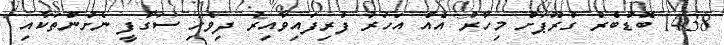
1438 ބޮޑުބެރު ގުރޫޕަށް މިހާރު އެއް އަހަރު ފުރިފައިވާއިރު ދިވެހި ސަގާފީ ނެށުންތަކާއި